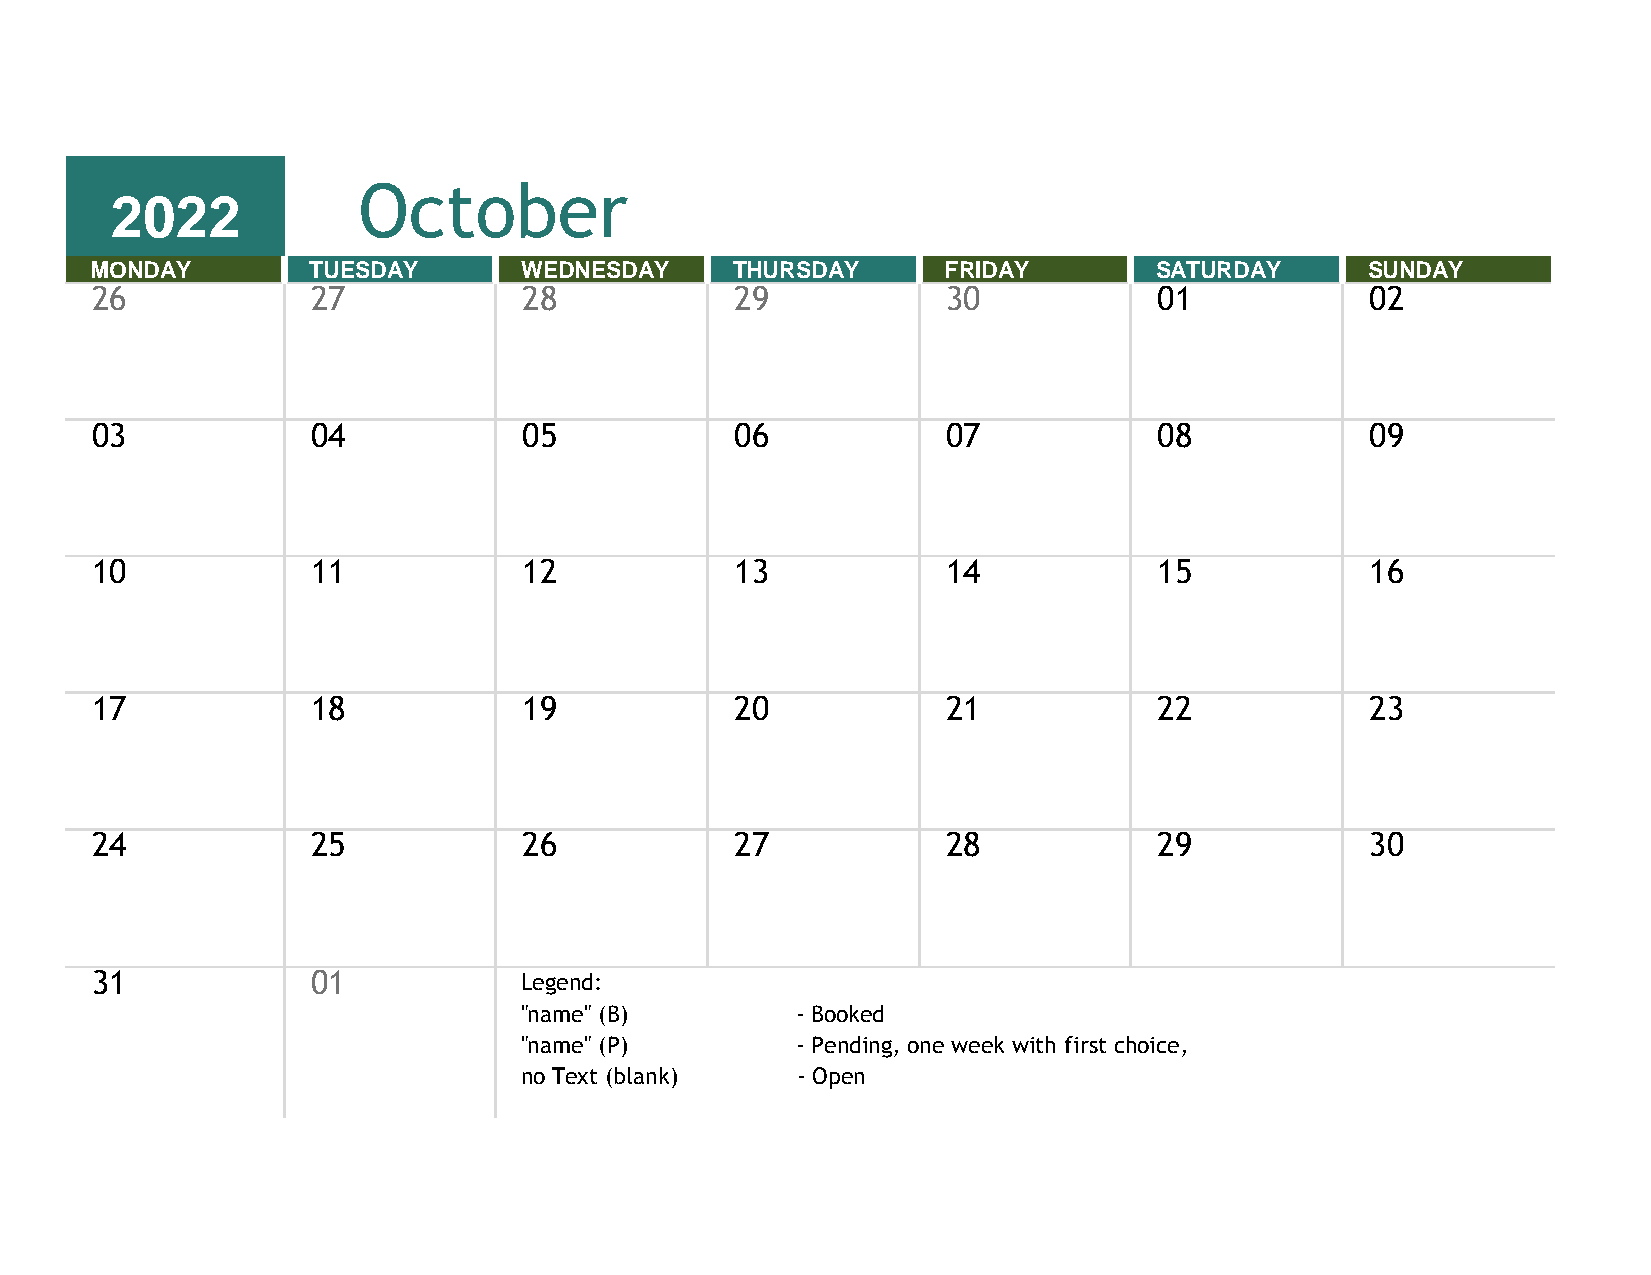
October
 2022
 MONDAY        TUESDAY       WEDNESDAY     THURSDAY      FRIDAY        SATURDAY       SUNDAY
 26             27            28            29            30            01            02
 03             04            05            06            07            08            09
 10             11            12            13            14            15            16
 17             18            19            20            21            22            23
 24             25            26            27            28            29            30
 31             01           Legend:
 "name" (B)         - Booked
 "name" (P)         - Pending, one week with first choice,
 no Text (blank)    - Open